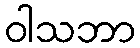
ဝါသဘာ